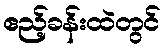
ဧည့်ခန်းထဲတွင်